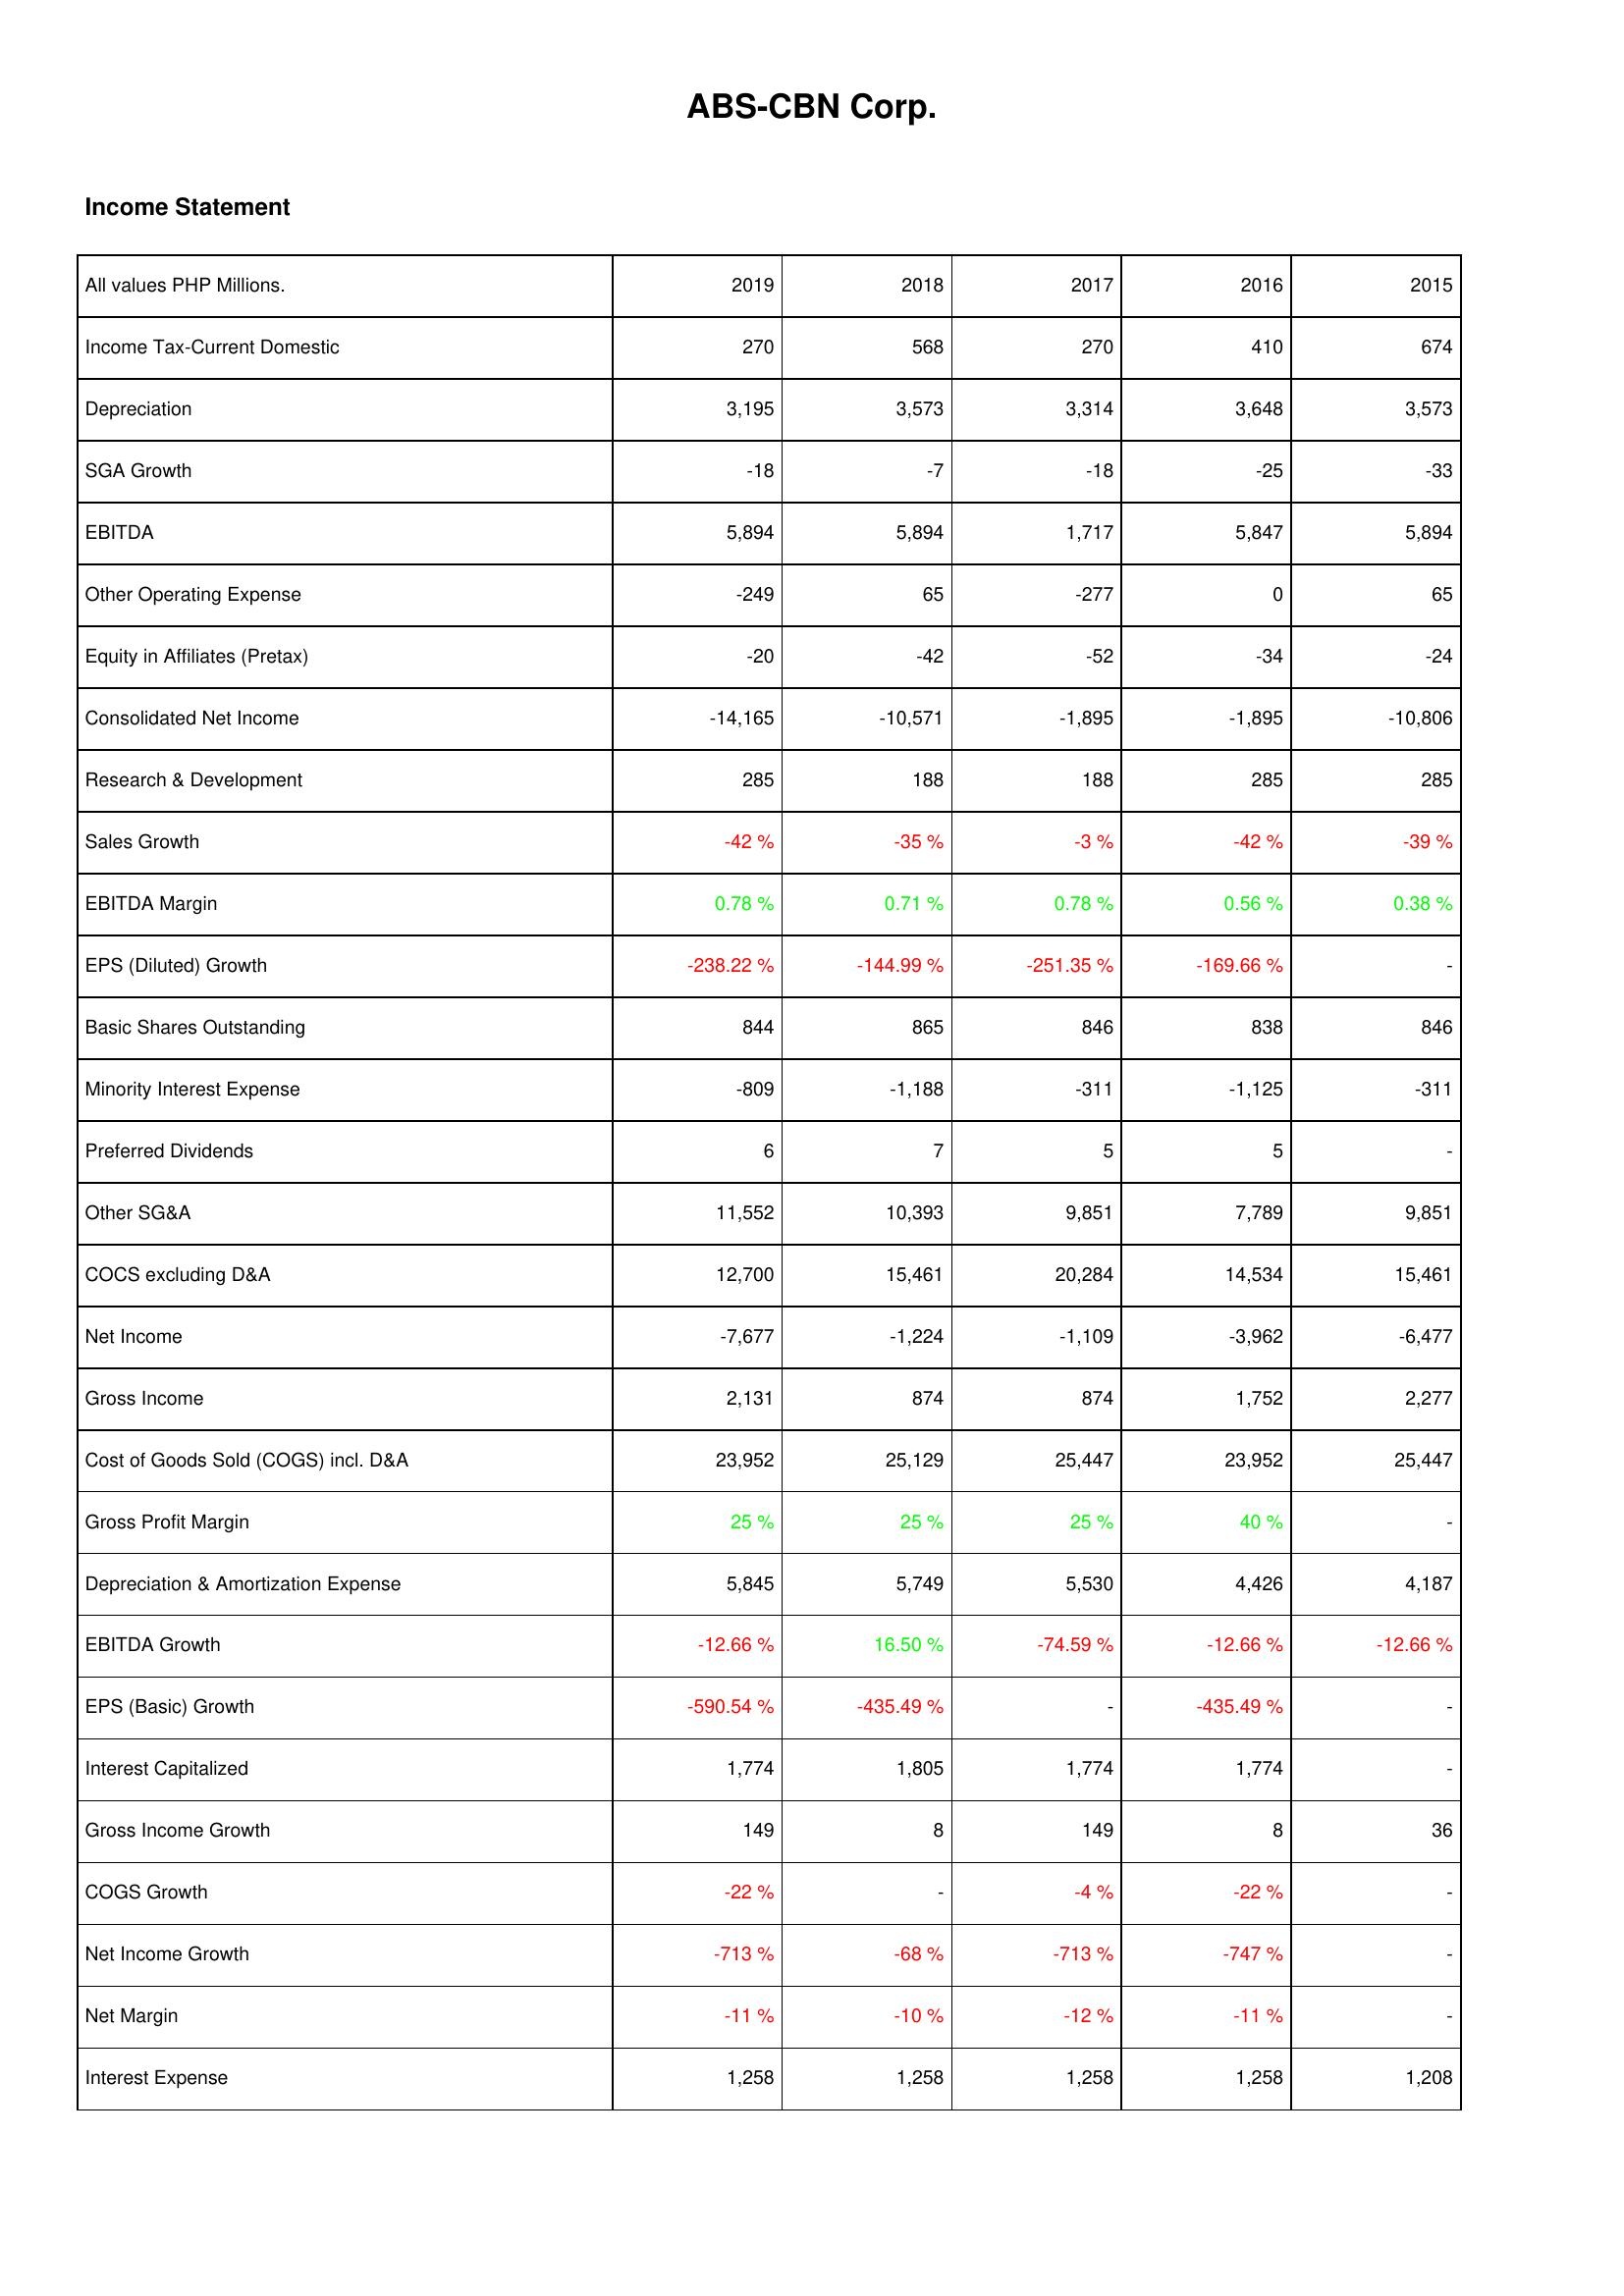
2019: Income Statement: Income Tax-Current Domestic: 270
Depreciation: 3,195
SGA Growth: -18
EBITDA: 5,894
Other Operating Expense: -249
Equity in Affiliates (Pretax): -20
Consolidated Net Income: -14,165
Research & Development: 285
Sales Growth: -42 %
EBITDA Margin: 0.78 %
EPS (Diluted) Growth: -238.22 %
Basic Shares Outstanding: 844
Minority Interest Expense: -809
Preferred Dividends: 6
Other SG&A: 11,552
COCS excluding D&A: 12,700
Net Income: -7,677
Gross Income: 2,131
Cost of Goods Sold (COGS) incl. D&A: 23,952
Gross Profit Margin: 25 %
Depreciation & Amortization Expense: 5,845
EBITDA Growth: -12.66 %
EPS (Basic) Growth: -590.54 %
Interest Capitalized: 1,774
Gross Income Growth: 149
COGS Growth: -22 %
Net Income Growth: -713 %
Net Margin: -11 %
Interest Expense: 1,258
2018: Income Statement: Income Tax-Current Domestic: 568
Depreciation: 3,573
SGA Growth: -7
EBITDA: 5,894
Other Operating Expense: 65
Equity in Affiliates (Pretax): -42
Consolidated Net Income: -10,571
Research & Development: 188
Sales Growth: -35 %
EBITDA Margin: 0.71 %
EPS (Diluted) Growth: -144.99 %
Basic Shares Outstanding: 865
Minority Interest Expense: -1,188
Preferred Dividends: 7
Other SG&A: 10,393
COCS excluding D&A: 15,461
Net Income: -1,224
Gross Income: 874
Cost of Goods Sold (COGS) incl. D&A: 25,129
Gross Profit Margin: 25 %
Depreciation & Amortization Expense: 5,749
EBITDA Growth: 16.50 %
EPS (Basic) Growth: -435.49 %
Interest Capitalized: 1,805
Gross Income Growth: 8
COGS Growth: -
Net Income Growth: -68 %
Net Margin: -10 %
Interest Expense: 1,258
2017: Income Statement: Income Tax-Current Domestic: 270
Depreciation: 3,314
SGA Growth: -18
EBITDA: 1,717
Other Operating Expense: -277
Equity in Affiliates (Pretax): -52
Consolidated Net Income: -1,895
Research & Development: 188
Sales Growth: -3 %
EBITDA Margin: 0.78 %
EPS (Diluted) Growth: -251.35 %
Basic Shares Outstanding: 846
Minority Interest Expense: -311
Preferred Dividends: 5
Other SG&A: 9,851
COCS excluding D&A: 20,284
Net Income: -1,109
Gross Income: 874
Cost of Goods Sold (COGS) incl. D&A: 25,447
Gross Profit Margin: 25 %
Depreciation & Amortization Expense: 5,530
EBITDA Growth: -74.59 %
EPS (Basic) Growth: -
Interest Capitalized: 1,774
Gross Income Growth: 149
COGS Growth: -4 %
Net Income Growth: -713 %
Net Margin: -12 %
Interest Expense: 1,258
2016: Income Statement: Income Tax-Current Domestic: 410
Depreciation: 3,648
SGA Growth: -25
EBITDA: 5,847
Other Operating Expense: 0
Equity in Affiliates (Pretax): -34
Consolidated Net Income: -1,895
Research & Development: 285
Sales Growth: -42 %
EBITDA Margin: 0.56 %
EPS (Diluted) Growth: -169.66 %
Basic Shares Outstanding: 838
Minority Interest Expense: -1,125
Preferred Dividends: 5
Other SG&A: 7,789
COCS excluding D&A: 14,534
Net Income: -3,962
Gross Income: 1,752
Cost of Goods Sold (COGS) incl. D&A: 23,952
Gross Profit Margin: 40 %
Depreciation & Amortization Expense: 4,426
EBITDA Growth: -12.66 %
EPS (Basic) Growth: -435.49 %
Interest Capitalized: 1,774
Gross Income Growth: 8
COGS Growth: -22 %
Net Income Growth: -747 %
Net Margin: -11 %
Interest Expense: 1,258
2015: Income Statement: Income Tax-Current Domestic: 674
Depreciation: 3,573
SGA Growth: -33
EBITDA: 5,894
Other Operating Expense: 65
Equity in Affiliates (Pretax): -24
Consolidated Net Income: -10,806
Research & Development: 285
Sales Growth: -39 %
EBITDA Margin: 0.38 %
EPS (Diluted) Growth: -
Basic Shares Outstanding: 846
Minority Interest Expense: -311
Preferred Dividends: -
Other SG&A: 9,851
COCS excluding D&A: 15,461
Net Income: -6,477
Gross Income: 2,277
Cost of Goods Sold (COGS) incl. D&A: 25,447
Gross Profit Margin: -
Depreciation & Amortization Expense: 4,187
EBITDA Growth: -12.66 %
EPS (Basic) Growth: -
Interest Capitalized: -
Gross Income Growth: 36
COGS Growth: -
Net Income Growth: -
Net Margin: -
Interest Expense: 1,208